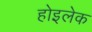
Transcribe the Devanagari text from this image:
होइलेक